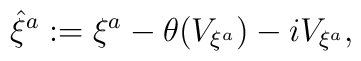
{\hat{\xi}}^a:=\xi ^a -\theta(V_{\xi ^a})- iV_{\xi ^a},